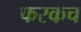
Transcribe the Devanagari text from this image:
फरकच